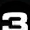
Digit: 3